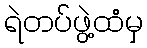
ရဲတပ်ဖွဲ့ထံမှ